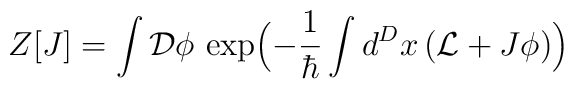
Z[J]=\int {\cal D}\phi\,\exp\Bigl(-\frac{1}{\hbar}\int d^Dx\,({\cal L}+J\phi)\Bigr)